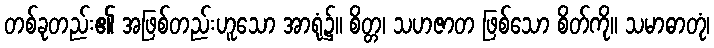
တစ်ခုတည်း၏ အဖြစ်တည်းဟူသော အာရုံ၌။ စိတ္တ၊ သဟဇာတ ဖြစ်သော စိတ်ကို။ သမာဓာတုံ၊